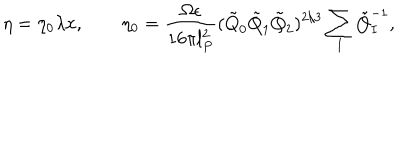
\eta = \eta _ { 0 } \lambda x , \qquad \eta _ { 0 } = \frac { \Omega \epsilon } { 1 6 \pi l _ { P } ^ { 2 } } ( \tilde { Q } _ { 0 } \tilde { Q } _ { 1 } \tilde { Q } _ { 2 } ) ^ { 2 / 3 } \sum _ { I } \tilde { Q } _ { I } ^ { - 1 } ,